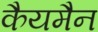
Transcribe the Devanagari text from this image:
कैयमैन